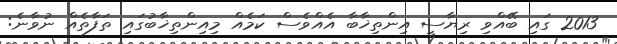
2013 ގައި ބޭއްވި ރިޔާސީ އިންތިޚާބާ އެއްވެސް ކަމެއް މިއިންތިޚާބުގައި ތަފާތެއް ނުވާނެ: